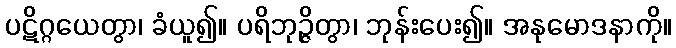
ပဋိဂ္ဂယေတွာ၊ ခံယူ၍။ ပရိဘုဉ္ဇိတွာ၊ ဘုန်းပေး၍။ အနုမောဒနာကို။